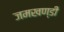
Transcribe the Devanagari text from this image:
जमखण्डी